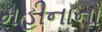
મહીનાનો